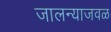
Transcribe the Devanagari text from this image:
जालन्याजवळ